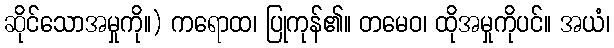
ဆိုင်သောအမှုကို။) ကရောထ၊ ပြုကုန်၏။ တမေဝ၊ ထိုအမှုကိုပင်။ အယံ၊